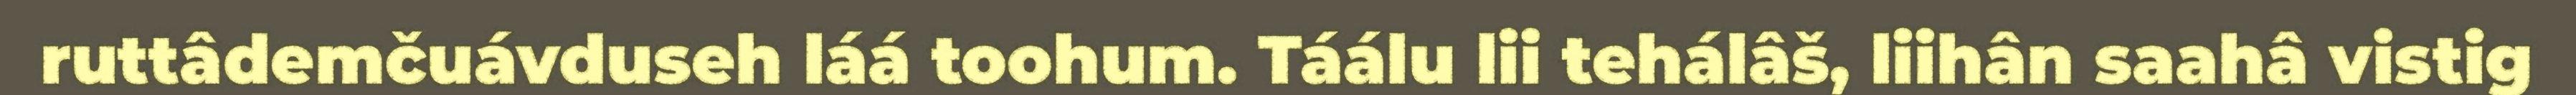
ruttâdemčuávduseh láá toohum. Táálu lii tehálâš, liihân saahâ vistig